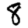
Digit: 8